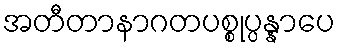
အတီတာနာဂတပစ္စုပ္ပန္နာပေ